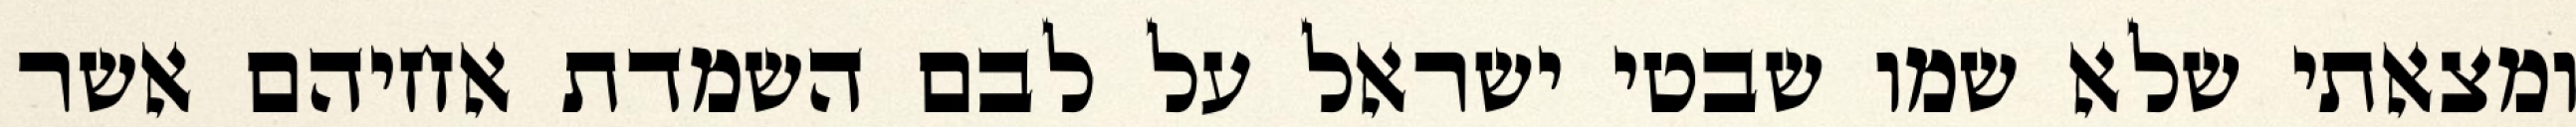
ומצאתי שלא שמו שבטי ישראל על לבם השמדת אחיהם אשר